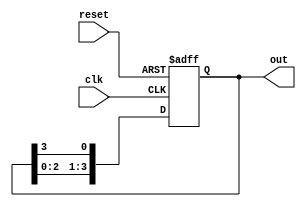
module ring_counter (
    input wire clk,        // Clock signal
    input wire reset,      // Asynchronous reset signal
    output reg [N-1:0] out // Output of the ring counter
);
    parameter N = 4; // Number of flip-flops (states)

    // Initial state
    initial begin
        out = 1; // Initialize the counter to 0001
    end

    // Always block triggered on the rising edge of the clock or reset
    always @(posedge clk or posedge reset) begin
        if (reset) begin
            out <= 1; // Reset the counter to 0001
        end else begin
            out <= {out[N-2:0], out[N-1]}; // Shift the '1' to the left
        end
    end
endmodule